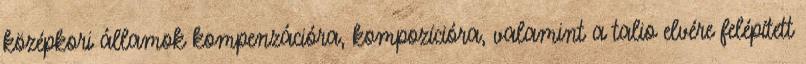
középkori államok kompenzációra, kompozícióra, valamint a talio elvére felépített